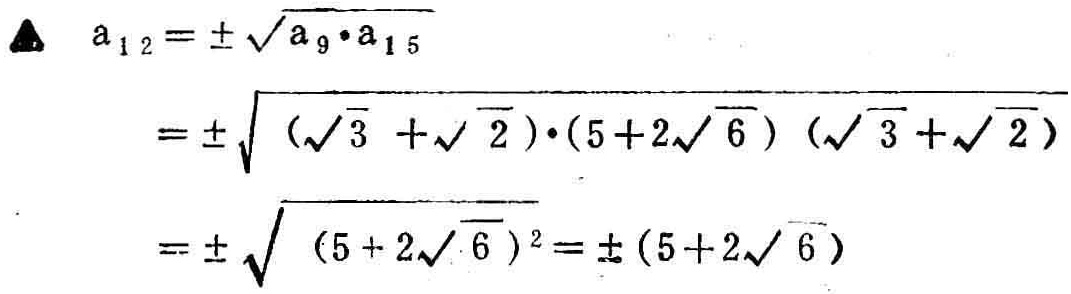
\[
\begin{align*}
a_{12}&=\pm\sqrt{a_{9}\cdot a_{15}}\\
&=\pm\sqrt{(\sqrt{3}+\sqrt{2})\cdot(5 + 2\sqrt{6})(\sqrt{3}+\sqrt{2})}\\
&=\pm\sqrt{(5 + 2\sqrt{6})^2}=\pm(5 + 2\sqrt{6})
\end{align*}
\]